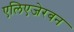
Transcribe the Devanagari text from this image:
एलिएजेरबन